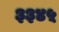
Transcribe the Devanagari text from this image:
३३४५